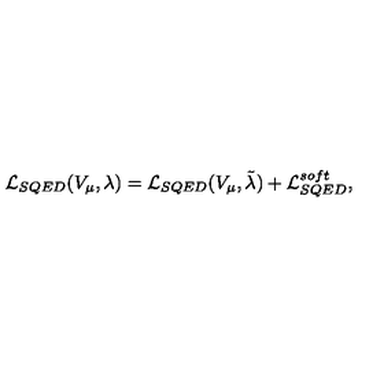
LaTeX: { \cal L } _ { S Q E D } ( V _ { \mu } , \lambda ) = { \cal L } _ { S Q E D } ( V _ { \mu } , \tilde { \lambda } ) + { \cal L } _ { S Q E D } ^ { s o f t } ,